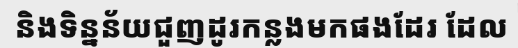
និងទិន្នន័យជួញដូរកន្លងមកផងដែរ ដែល